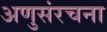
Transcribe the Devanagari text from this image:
अणुसंरचना